Statistics of inoculations with Haffkine's anti-plague vaccine 1897-1900
Year: 1897
Disease focus: Plague
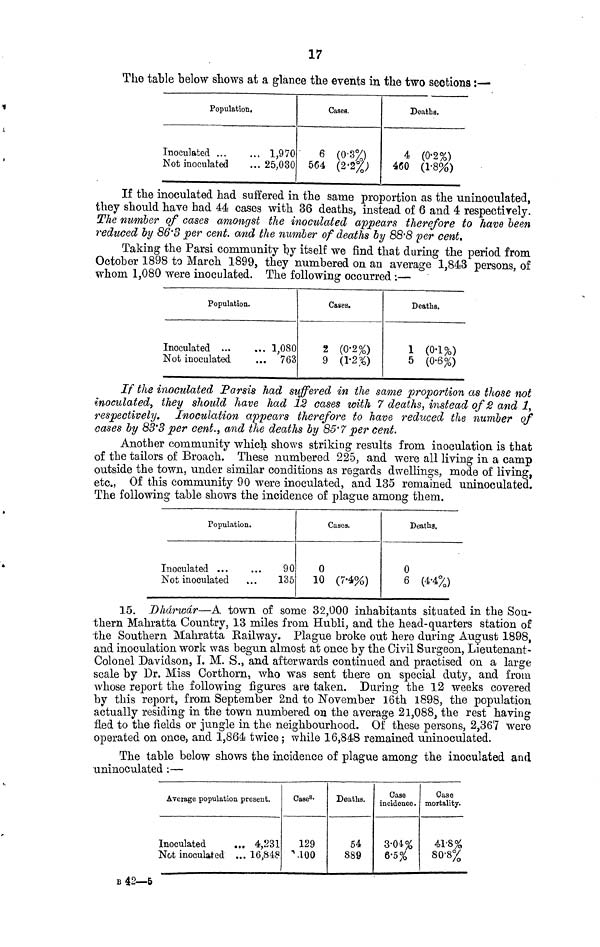
17
The table below shows at a glance the events in the two sections :—
Population.
Inoculated ...
Not inoculated
1,970
25,030
Cases.
6 (0-3%)
564 (2-2%)
Deaths.
4 (0-2%)
460 (1-8%)
If the inoculated had suffered in the sanie proportion as the uninoculated,
they should have had 44 cases with 36 deaths, instead of 6 and 4 respectively.
The number of cases amongst the inoculated appears therefore to have been
reduced by 86.8 per cent. and the number of deaths by 88.8 per cent.
Taking the Parsi community by itself we find that during the period from
October 1898 to March 1899, they numbered on an average 1,843 persons, of
whom 1,080 were inoculated. The following occurred :—
Population.
Inoculated ... ... 1,080
Not inoculated
... 763
Cases.
2 (0-2%)
9 (1-2 %)
Deaths.
1 (0-1 %·)
5 (0-6%)
If the inoculated Parsis had suffered in the same proportion as those not
inoculated, they should have had 12 cases with 7 deaths, instead of 2 and 1,
respectively. Inoculation appears therefore to have reduced the number of
cases by 83.3 per cent., and the deaths by 85.7 per cent.
Another community which shows striking results from inoculation is that
of the tailors of Broach. These numbered 225, and were all living in a camp
outside the town, under similar conditions as regards dwellings, mode of living,
etc., Of this community 90 were inoculated, and 135 remained uninoculated.
The following table shows the incidence of plague among them.
Population.
Inoculated ...
...
90
Not inoculated
...
135
Cases.
0
10 (7-4%)
Deaths.
0
6 (4-4%)
15. Dhárwar—A town of some 32,000 inhabitants situated in the Sou-
thern Mahratta Country, 13 miles from Hubli, and the head-quarters station of
the Southern Mahratta Railway. Plague broke out here during August 1898,
and inoculation work was begun almost at once by the Civil Surgeon, Lieutenant-
Colonel Davidson, I. M. S., and afterwards continued and practised on a large
scale by Dr. Miss Corthorn, who was sent there on special duty, and from
whose report the following figures are taken. During the 12 weeks covered
by this report, from September 2nd to November 16th 1898, the population
actually residing in the town numbered on the average 21,088, the rest having
fled to the fields or jungle in the neighbourhood. Of these persons, 2,367 were
operated on once, and 1,864 twice ; while 16,848 remained uninoculated.
The table below shows the incidence of plague among the inoculated and
uninoculated :—
Average population
Inoculated
Not inoculated
on present.
... 4,231
... 16,848
Cases·
129
MOO
Deaths.
54
889
Case
incidence .
3-01%
6-5%
Case
mortality.
4-1-8%
80.8%
B 42—5